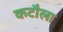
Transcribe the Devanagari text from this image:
कटौला